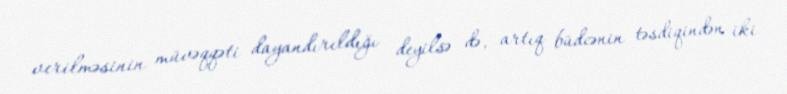
verilməsinin müvəqqəti dayandırıldığı deyilsə də, artıq büdcənin təsdiqindən iki